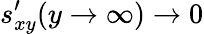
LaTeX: s_{xy}^{\prime}(y\to\infty)\to 0